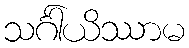
သင်္ဂါယိဿာမ